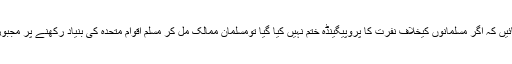
آپ دنیا کو بتائیں کہ اگر مسلمانوں کیخلاف نفرت کا پروپیگینڈہ ختم نہیں کیا گیا تومسلمان ممالک مل کر مسلم اقوام متحدہ کی بنیاد رکھنے پر مجبور ہوجائینگے۔